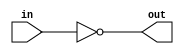
module top_module( input in, output out );
	//not not1(out, in); //Gate Level
	assign out = ~in; //Dataflow Level
endmodule